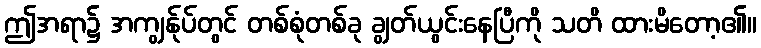
ဤအရာ၌ အကျွန်ုပ်တွင် တစ်စုံတစ်ခု ချွတ်ယွင်းနေပြီကို သတိ ထားမိတော့၏။